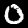
Digit: 0